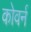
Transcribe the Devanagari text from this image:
कोवर्न